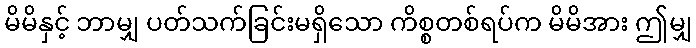
မိမိနှင့် ဘာမျှ ပတ်သက်ခြင်းမရှိသော ကိစ္စတစ်ရပ်က မိမိအား ဤမျှ